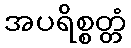
အပရိစ္စတ္တံ